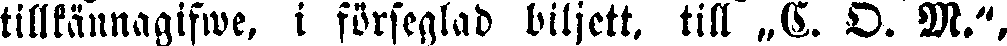
tillkännagifwe, i förseglad biljett, till „C. D. M.",